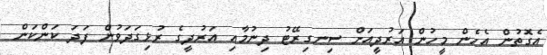
އެގޮތުން އެހެން މީހުން އަރުދީއަށް ސިނގިރޭޓު ދިނުމާއި އަރުދީގެ ރުޅިގަދަވުން ފަދަ ކަންކަން